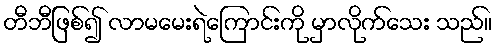
တီဘီဖြစ်၍ လာမမေးရဲကြောင်းကို မှာလိုက်သေး သည်။